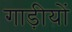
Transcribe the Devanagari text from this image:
गाड़ीयों